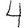
Digit: 4